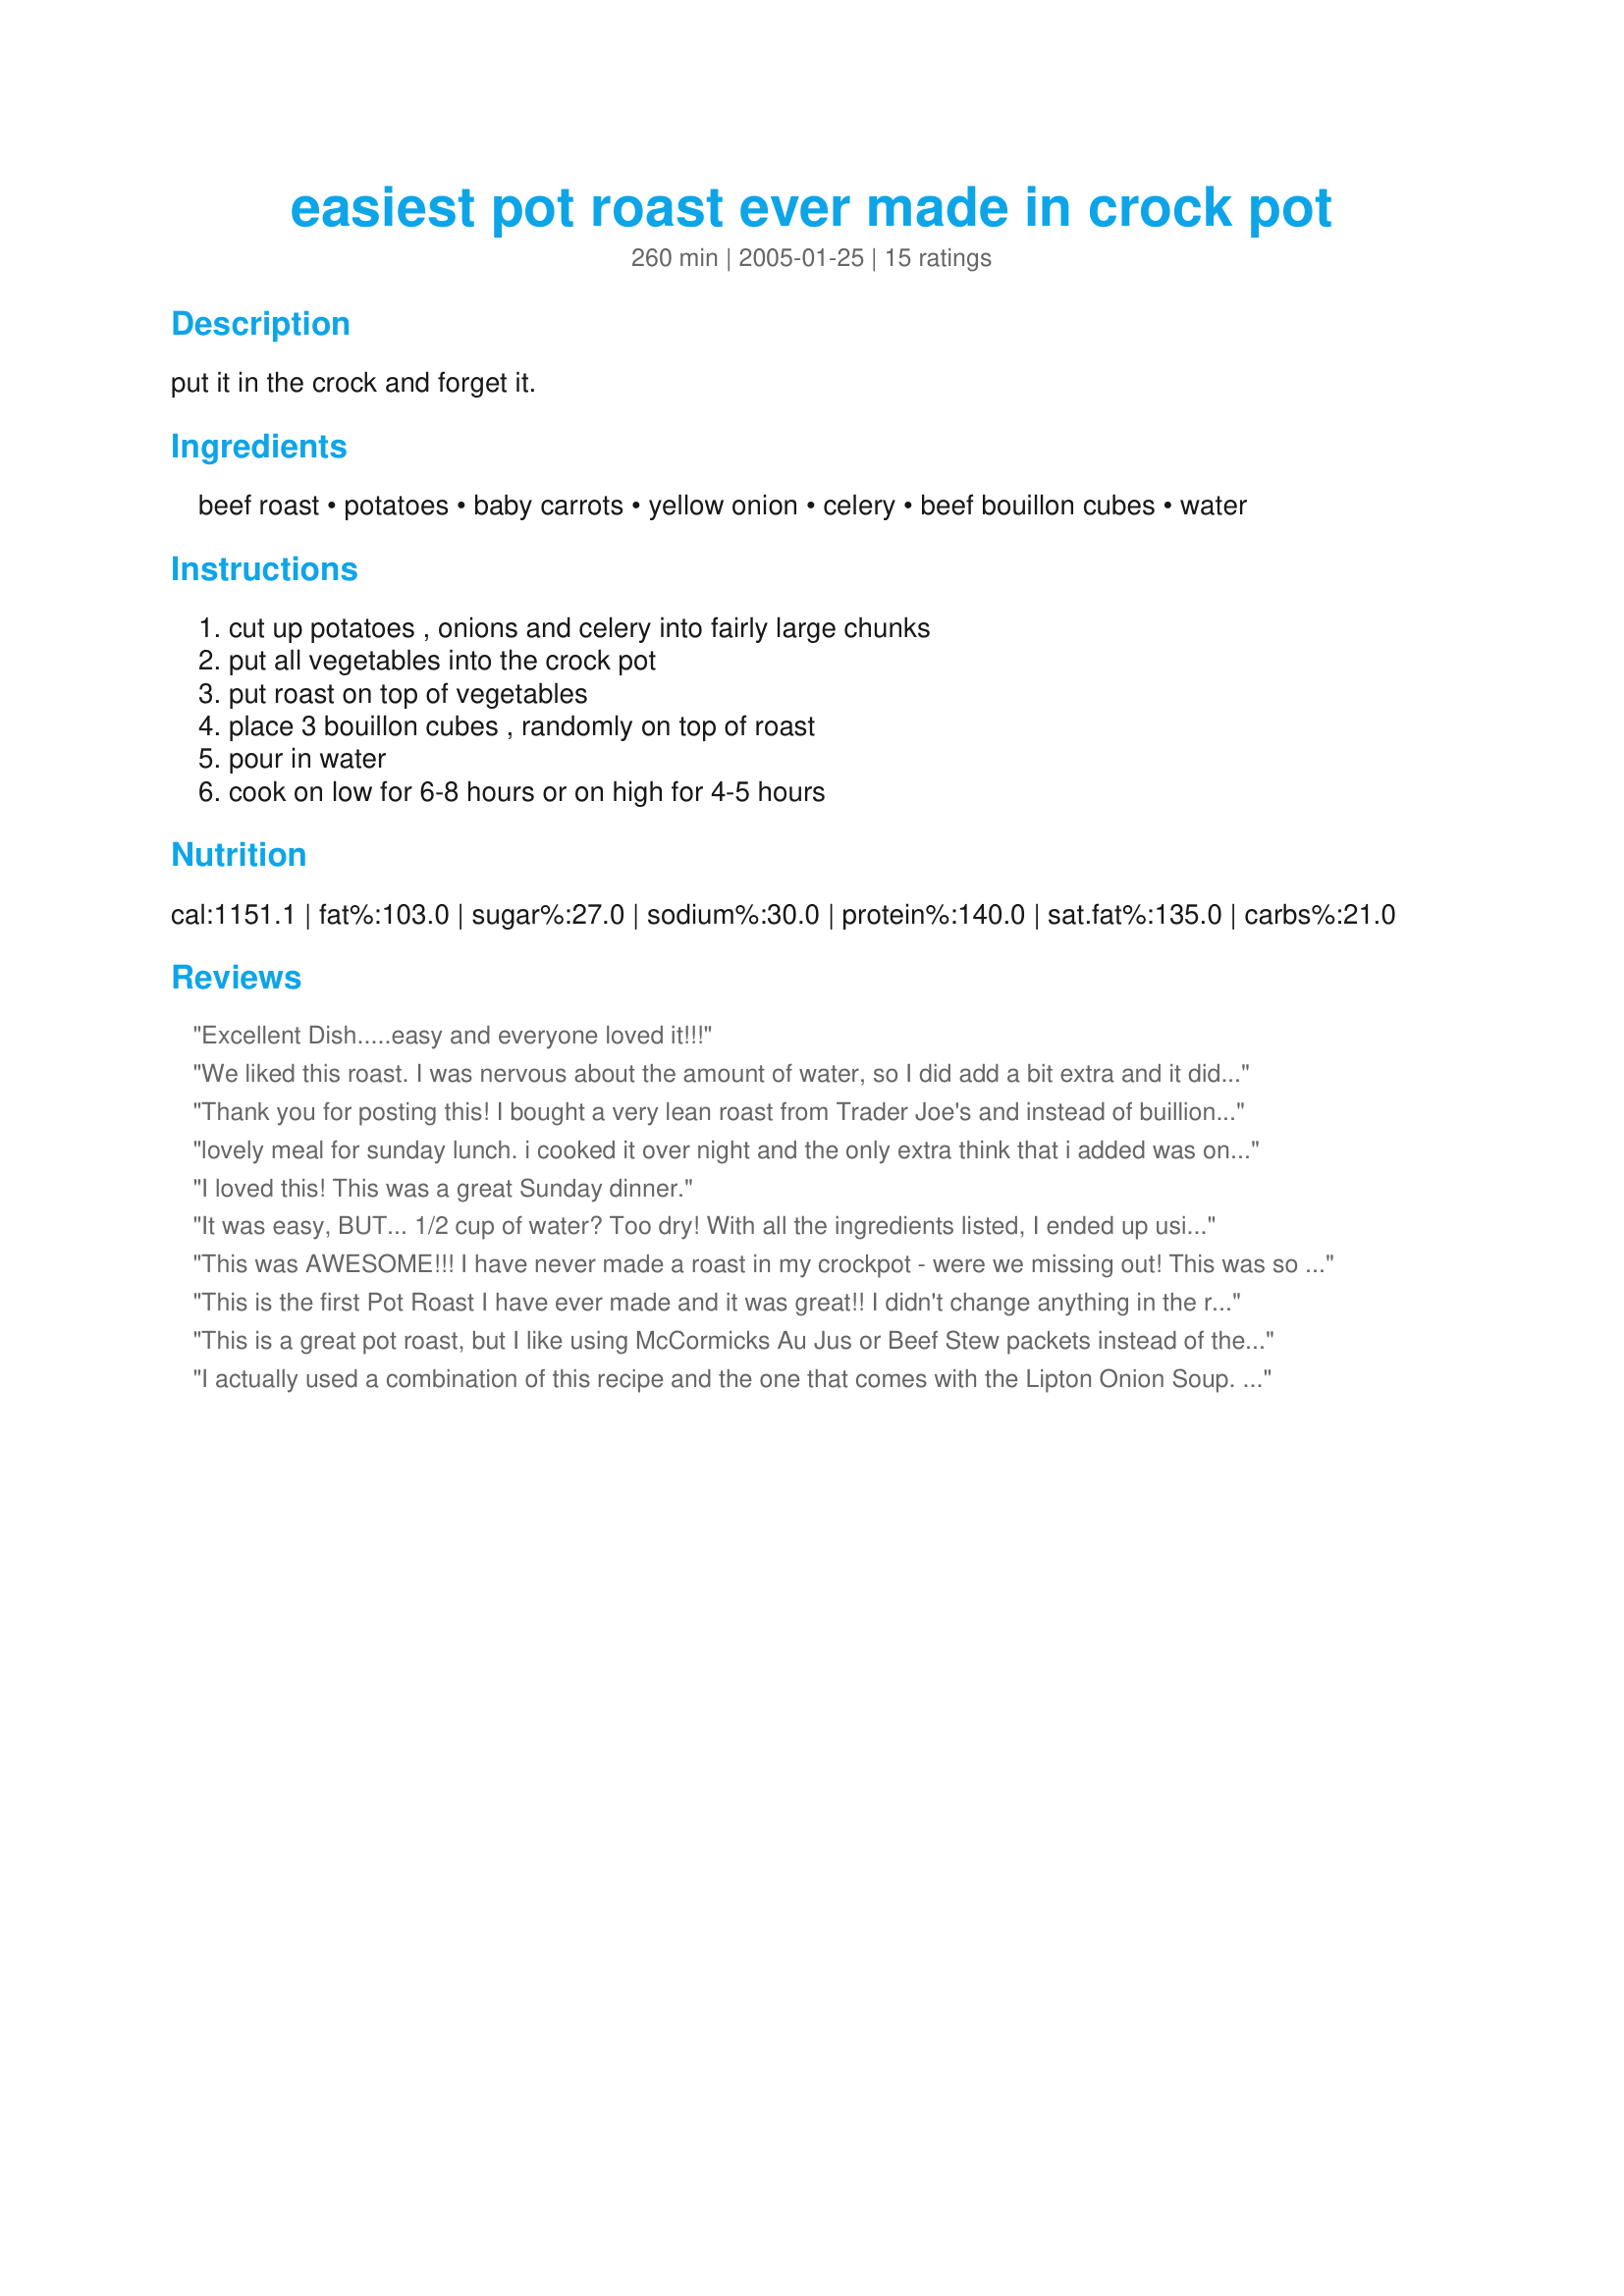
easiest pot roast ever made in crock pot
Preparation time: 260 minutes

put it in the crock and forget it.

Ingredients:
beef roast, potatoes, baby carrots, yellow onion, celery, beef bouillon cubes, water

Steps:
cut up potatoes , onions and celery into fairly large chunks, put all vegetables into the crock pot, put roast on top of vegetables, place 3 bouillon cubes , randomly on top of roast, pour in water, cook on low for 6-8 hours or on high for 4-5 hours

Reviews:
Excellent Dish.....easy and everyone loved it!!!
We liked this roast. I was nervous about the amount of water, so I did add a bit extra and it did make it taste a little more diluted. I'll make it again and follow the 1/2 cup water direction. We like garlic, so I added some garlic powder and some ground white pepper.
Thank you for posting this! I bought a very lean roast from Trader Joe's and instead of buillion cubes or water I just used Beef stock. I put it in the slow cooker for about 6 hours and it was absolutely incredible! So very easy and simple ingredients. Thanks!!!
lovely meal for sunday lunch. i cooked it over night and the only extra think that i added was onion gravy granules because thats all i had on hand. the meal was lovely and the beef you could have cut with a spoon. i served the meal with broccoli and sprouts and yorkshire pudding and i will definately be making this often.
I loved this! This was a great Sunday dinner.
It was easy, BUT... 1/2 cup of water? Too dry! With all the ingredients listed, I ended up using nearly 4 cups of water. The baby carrots were tasteless, I find using good ol' "regular" carrots - washed well- with the skins kept on are MUCH more flavorful! I even keep the skins of the potatoes on! I suggest a packet of onion soup mix, too (even with the chopped onions).
This was AWESOME!!! I have never made a roast in my crockpot - were we missing out! This was so tasty, moist and easy! THANK YOU!!!
This is the first Pot Roast I have ever made and it was great!! I didn't change anything in the recipe. I cooked it on low for 7 hours, the meat was tender and the veggies were soft/firm, perfect!! Even my PICKEY boyfriend like it. This is a keeper!!
This is a great pot roast, but I like using McCormicks Au Jus or Beef Stew packets instead of the boullion cubes. Au Jus makes it a little thinner, while if you used the Beef Stew it is thicker and can be used as a gravy on potatoes or rice.
I actually used a combination of this recipe and the one that comes with the Lipton Onion Soup. I only had one packet of soup, so I used that and the 3 bouillion cubes, and it was perfect. I also used two large potatoes, and three carrots, a vidalia onion, and left out the celery. Oh, and I don't know what the reviewer who complained about too little water was saying--I used 1/2 cup, as both this recipe and the Lipton recipe called for it, and it wa perfect. I also browned the roast beforehand, but I'm not sure if that made any difference in flavor. Oh, and I also added some flour and water at the end and made gravy. Thanks for the easy and tasty recipe!
I hate to use the same word as on the other review but it is the best word that fits...AWESOME!!! I made this the other night and am ready for another one.
Yummy and easy!! I considered adding some garlic, but didn't. Next time-- maybe. Basic recipe that results in great comfort food. Reminds me of when my mom would make a roast when I was growing up.
Try using liquid coffee instead of water, makes the best gravy ever addinga little a water if you need it.
this was the best pot roast I ever had.....
Wonderful and easy! I used a can of beef broth instead of the water (I like a little extra joice) and sprinkled some beef bouillon and garlic powder on top of the roast.
